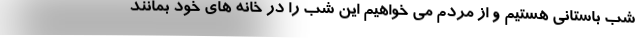
شب باستانی هستیم و از مردم می خواهیم این شب را در خانه های خود بمانند